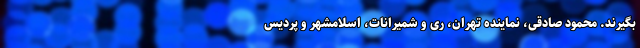
بگیرند. محمود صادقی، نماینده تهران، ری و شمیرانات، اسلامشهر و پردیس